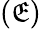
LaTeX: (\mathfrak{E})